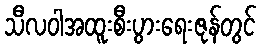
သီလဝါအထူးစီးပွားရေးဇုန်တွင်